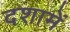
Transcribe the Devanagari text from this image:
दशामें